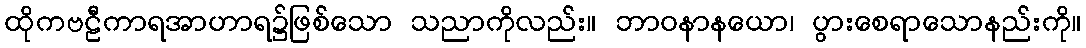
ထိုကဗဠီကာရအာဟာရ၌ဖြစ်သော သညာကိုလည်း။ ဘာဝနာနယော၊ ပွားစေရာသောနည်းကို။